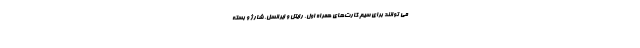
می توانند برای سیم کارت‌های همراه اول، رایتل و ایرانسل، شارژ و بسته